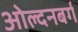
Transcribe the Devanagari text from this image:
ओल्दनबर्ग